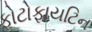
ફોટોફાયટિન